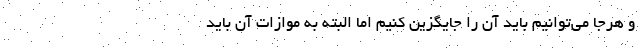
و هرجا می‌توانیم باید آن را جایگزین کنیم اما البته به موازات آن باید